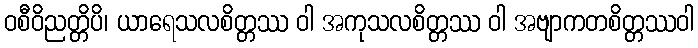
ဝစီဝိညတ္တိပိ၊ ယာရေသလစိတ္တဿ ဝါ အကုသလစိတ္တဿ ဝါ အဗျာကတစိတ္တဿဝါ